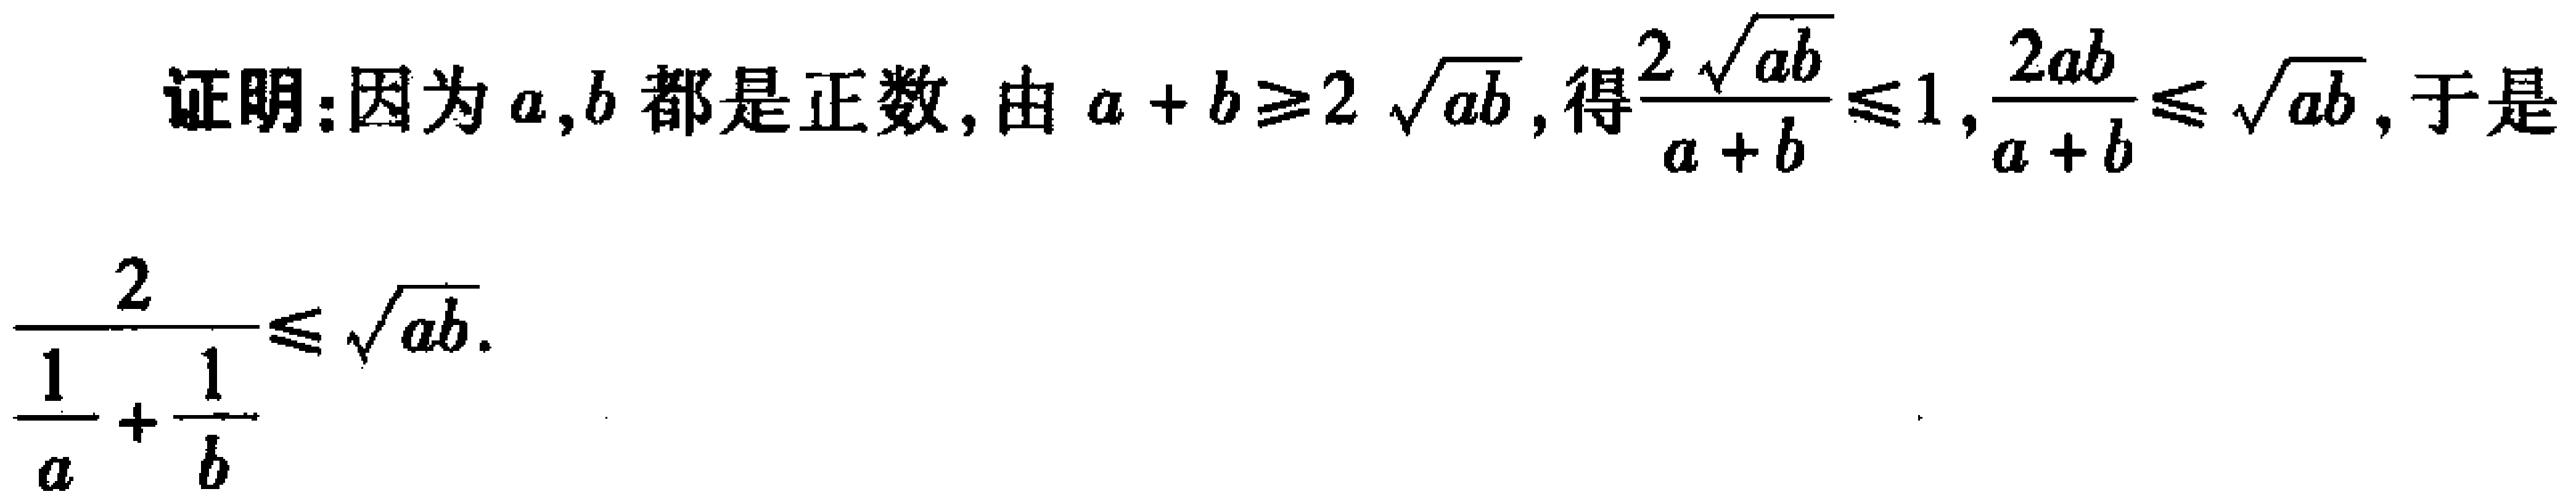
证明：因为\(a,b\)都是正数，由\(a + b\geq2\sqrt{ab}\)，得\(\frac{2\sqrt{ab}}{a + b}\leq1\)，\(\frac{2ab}{a + b}\leq\sqrt{ab}\)，于是

\(\frac{2}{\frac{1}{a}+\frac{1}{b}}\leq\sqrt{ab}\)。